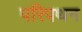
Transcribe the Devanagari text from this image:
परिपथन